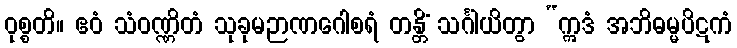
ဝုစ္စတိ။ ဧဝံ သံဝဏ္ဏိတံ သုခုမဉာဏဂေါစရံ တန္တိံ သင်္ဂါယိတွာ “ဣဒံ အဘိဓမ္မပိဋကံ